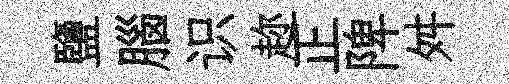
鹽腦识趂正陴舛